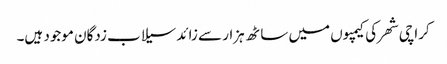
کراچی شھر کی کیمپوں میں ساٹھ ہزار سے زائد سیلاب زدگان موجود ہیں۔